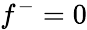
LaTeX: f^{-}=0